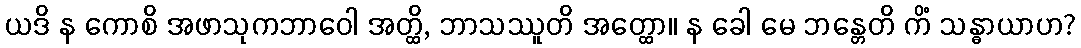
ယဒိ န ကောစိ အဖာသုကဘာဝေါ အတ္ထိ, ဘာသဿူတိ အတ္ထော။ န ခေါ မေ ဘန္တေတိ ကိံ သန္ဓာယာဟ?